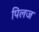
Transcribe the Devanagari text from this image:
पिलज